Report on lock hospitals in British Burma
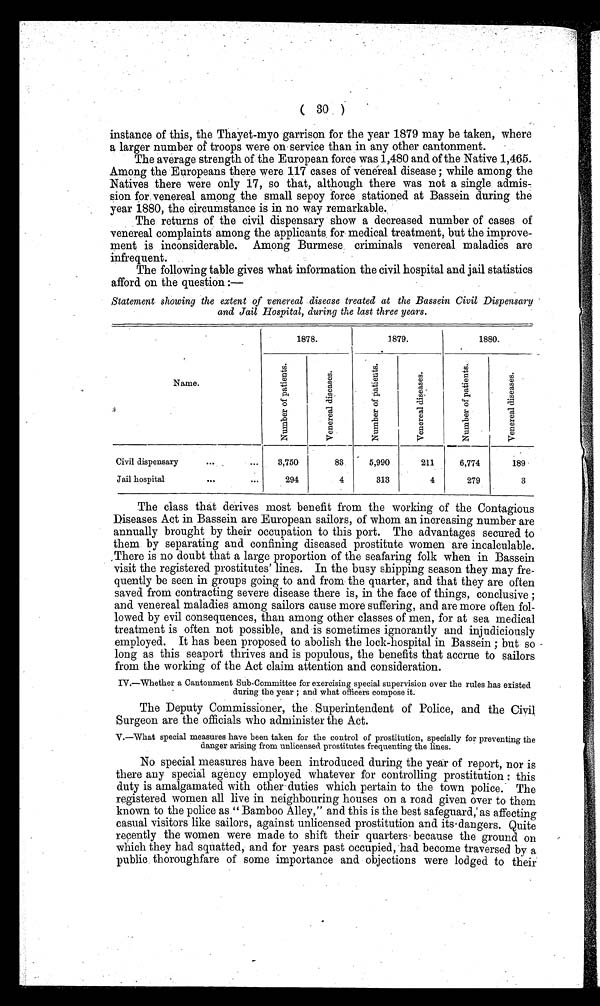
( 30 )
instance of this, the Thayet-myo garrison for the year 1879 may be taken, where
a larger number of troops were on service than in any other cantonment.
The average strength of the European force was 1,480 and of the Native 1,465.
Among the Europeans there were 117 cases of venereal disease; while among the
Natives there were only 17, so that, although there was not a single admis-
sion for venereal among the small sepoy force stationed at Bassein during the
year 1880, the circumstance is in no way remarkable.
The returns of the civil dispensary show a decreased number of cases of
venereal complaints among the applicants for medical treatment, but the improve-
ment is inconsiderable. Among Burmese criminals venereal maladies are
infrequent.
The following table gives what information the civil hospital and jail statistics
afford on the question :—
Statement showing the extent of venereal disease treated at the Bassein Civil Dispensary
and Jail Hospital, during the last three years.
Name.
1878.
1879.
.
1880.
N u m b e r o f p a t i e n t s .
V e n e r a l d i s e a s e s .
N u m b e r o f p a t i e n t s .
V e n e r a l d i s e a s e s .
N u m b e r o f p a t i e n t s .
V e n e r a l d i s e a s e s .
Civil dispensary
3,750
83.
5,990
211
6,774
189
Jail hospital
...
294
4
313
4
279
3
The class that derives most benefit from the working of the Contagious
Diseases Act in Bassein are European sailors, of whom an increasing number are
annually brought by their occupation to this port. The advantages secured to
them by separating and confining diseased prostitute women are incalculable.
There is no doubt that a large proportion of the seafaring folk when in Bassein
visit the registered prostitutes' lines. In the busy shipping season they may fre-
quently be seen in groups going to and from the quarter, and that they are often
saved from contracting severe disease there is, in the face of things, conclusive ;
and venereal maladies among sailors cause more suffering, and are more often fol-
lowed by evil consequences, than among other classes of men, for at sea medical
treatment is often not possible, and is sometimes ignorantly and injudiciously
employed. It has been proposed to abolish the lock-hospital in Bassein ; but so
long as this seaport thrives and is populous, the benefits that accrue to sailors
from the working of the Act claim attention and consideration.
IV.—Whether a Cantonment Sub-Committee for exercising special supervision over the rules has existed
during the year ; and what officers compose it.
The Deputy Commissioner, the Superintendent of Police, and the Civil
Surgeon are the officials who administer the Act.
V.—What special measures have been taken for the control of prostitution, specially for preventing the
danger arising from unlicensed prostitutes frequenting the lines.
No special measures have been introduced during the year of report, nor is
there any special agency employed whatever for controlling prostitution :this
duty is amalgamated with other duties which pertain to the town police. The
registered women all live in neighbouring houses on a road given over to them
known to the police as " Bamboo Alley," and this is the best safeguard,' as affecting
casual visitors like sailors, against unlicensed prostitution and its dangers. Quite
recently the women were made to shift their quarters because the ground on
which they had squatted, and for years past occupied, had become traversed by a
public thoroughfare of some importance and objections were lodged to their